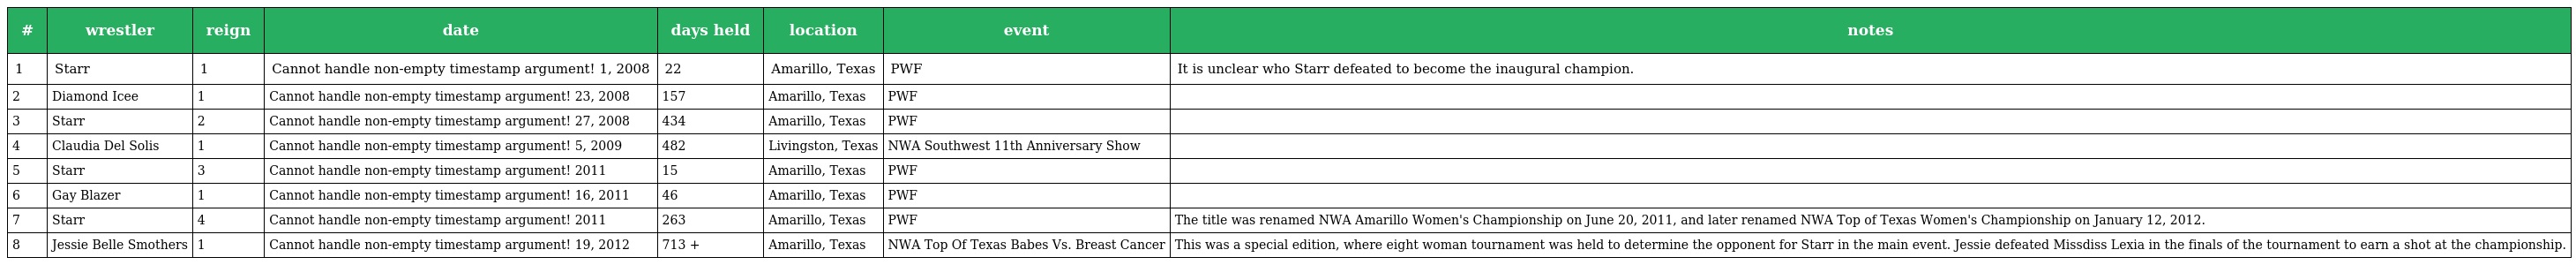
| # | wrestler | reign | date | days held | location | event | notes |
 | --- | --- | --- | --- | --- | --- | --- | --- |
 | 1 | Starr | 1 | Cannot handle non-empty timestamp argument! 1, 2008 | 22 | Amarillo, Texas | PWF | It is unclear who Starr defeated to become the inaugural champion. |
 | 2 | Diamond Icee | 1 | Cannot handle non-empty timestamp argument! 23, 2008 | 157 | Amarillo, Texas | PWF |  |
 | 3 | Starr | 2 | Cannot handle non-empty timestamp argument! 27, 2008 | 434 | Amarillo, Texas | PWF |  |
 | 4 | Claudia Del Solis | 1 | Cannot handle non-empty timestamp argument! 5, 2009 | 482 | Livingston, Texas | NWA Southwest 11th Anniversary Show |  |
 | 5 | Starr | 3 | Cannot handle non-empty timestamp argument! 2011 | 15 | Amarillo, Texas | PWF |  |
 | 6 | Gay Blazer | 1 | Cannot handle non-empty timestamp argument! 16, 2011 | 46 | Amarillo, Texas | PWF |  |
 | 7 | Starr | 4 | Cannot handle non-empty timestamp argument! 2011 | 263 | Amarillo, Texas | PWF | The title was renamed NWA Amarillo Women's Championship on June 20, 2011, and later renamed NWA Top of Texas Women's Championship on January 12, 2012. |
 | 8 | Jessie Belle Smothers | 1 | Cannot handle non-empty timestamp argument! 19, 2012 | 713 + | Amarillo, Texas | NWA Top Of Texas Babes Vs. Breast Cancer | This was a special edition, where eight woman tournament was held to determine the opponent for Starr in the main event. Jessie defeated Missdiss Lexia in the finals of the tournament to earn a shot at the championship. |